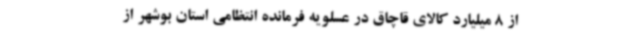
از 8 میلیارد کالای قاچاق در عسلویه فرمانده انتظامی استان بوشهر از